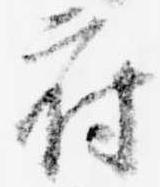
府